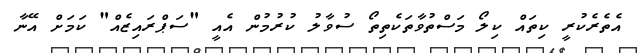
އެތެރެކުރީ ކިތައް ކިލޯ މަސްތުވާތަކެތިިތޯ ސުވާލު ކުރުމުން އެއީ "ސަޕްރައިޒެއް" ކަމަށް އޭނާ